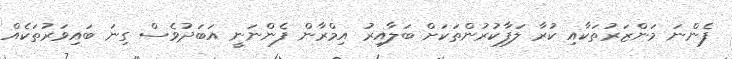
ފެންނަ މަންޒަރުތަކާއި ކުރާ ލަފާކުރުންތަކަށް ބަލާއިރު އިމްރާން ފެންނަނީ އަބަދުވެސް ގިނަ ބައިވަރުތަކެއް